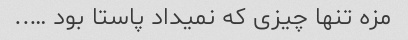
مزه تنها چیزی که نمیداد پاستا بود …..